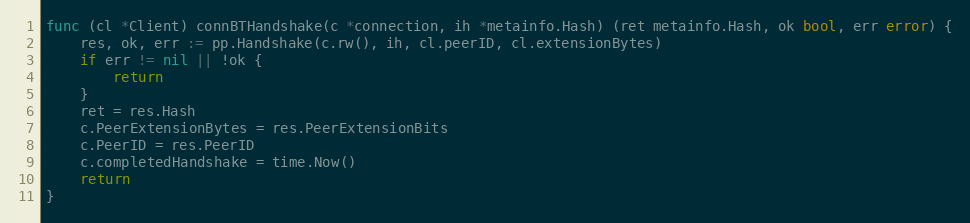
Language: Go
func (cl *Client) connBTHandshake(c *connection, ih *metainfo.Hash) (ret metainfo.Hash, ok bool, err error) {
	res, ok, err := pp.Handshake(c.rw(), ih, cl.peerID, cl.extensionBytes)
	if err != nil || !ok {
		return
	}
	ret = res.Hash
	c.PeerExtensionBytes = res.PeerExtensionBits
	c.PeerID = res.PeerID
	c.completedHandshake = time.Now()
	return
}